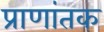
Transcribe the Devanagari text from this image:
प्राणांतक